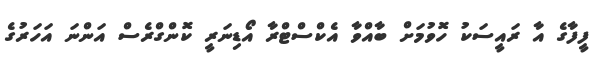
ފީފާގެ އާ ރައީސަކު ހޮވުމަށް ބާއްވާ އެކްސްޓްރާ އޯޑިނަރީ ކޮންގްރެސް އަންނަ އަހަރުގެ